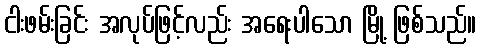
ငါးဖမ်းခြင်း အလုပ်ဖြင့်လည်း အရေးပါသော မြို့ ဖြစ်သည်။